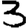
Digit: 3